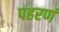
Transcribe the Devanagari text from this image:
पहरणं